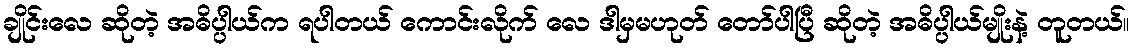
ချိုင်းလေ ဆိုတဲ့ အဓိပ္ပါယ်က ရပါတယ် ကောင်းလိုက် လေ ဒါမှမဟုတ် တော်ပါပြီ ဆိုတဲ့ အဓိပ္ပါယ်မျိုးနဲ့ တူတယ်။